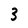
Character: 3